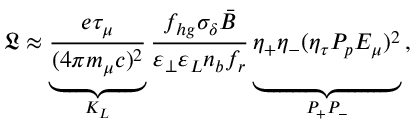
\mathfrak { L } \approx \underbrace { \frac { e \tau _ { \mu } } { ( 4 \pi m _ { \mu } c ) ^ { 2 } } } _ { K _ { L } } \frac { f _ { h g } \sigma _ { \delta } \bar { B } } { \varepsilon _ { \perp } \varepsilon _ { L } n _ { b } f _ { r } } \underbrace { \eta _ { + } \eta _ { - } ( \eta _ { \tau } P _ { p } E _ { \mu } ) ^ { 2 } \vphantom { \frac { e \tau _ { \mu } } { ( m _ { \mu } ) ^ { 2 } } } } _ { P _ { + } P _ { - } } \, ,